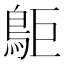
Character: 𪀏